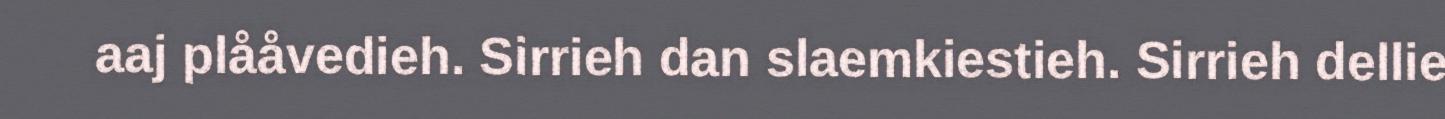
aaj plååvedieh. Sirrieh dan slaemkiestieh. Sirrieh dellie